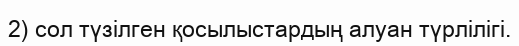
2) сол түзілген қосылыстардың алуан түрлілігі.